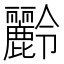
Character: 𪋭